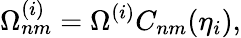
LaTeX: \Omega_{nm}^{(i)}=\Omega^{(i)}C_{nm}(\eta_{i}),